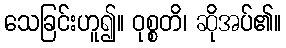
သေခြင်းဟူ၍။ ဝုစ္စတိ၊ ဆိုအပ်၏။